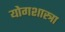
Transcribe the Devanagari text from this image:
योगशास्त्रा